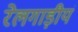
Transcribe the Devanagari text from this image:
रेलगाड़ीयं